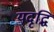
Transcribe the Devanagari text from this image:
यदृद्धिं